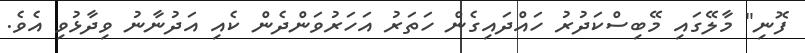
ފޮނި" މާލޭގައި މޭބިސްކަދުރު ހައްދައިގެން ހަތަރު އަހަރުވަންދެން ކެއި އަދުނާނު ވިދާޅުވި އެވެ.